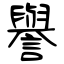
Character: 譽